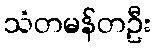
သံတမန်တဦး